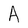
Character: A